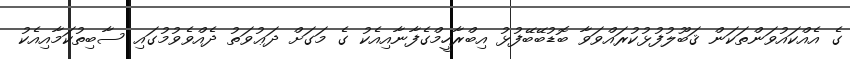
ގެ އެއްކައުވަންތަކަން ޤަބޫލުފުޅުކުރައްވަވާ ބޮޑުބޭބޭފުޅު އިބްރާހީމްގެފާނާއިއެކު ގެ މަގަށް ދަޢުވަތު ދެއްވެވުމުގައި ސާބިތުކަމާއިއެކު